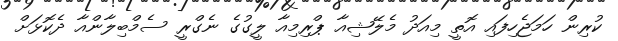
ކުރިން ހަމަޖެހިފައި އޮތީ މިއަދު މެލޭޝިއާ ޕްރިމިއާ ލީގުގެ ނެގްރީ ސެމްބިލާންއާ ދެކޮޅަށް